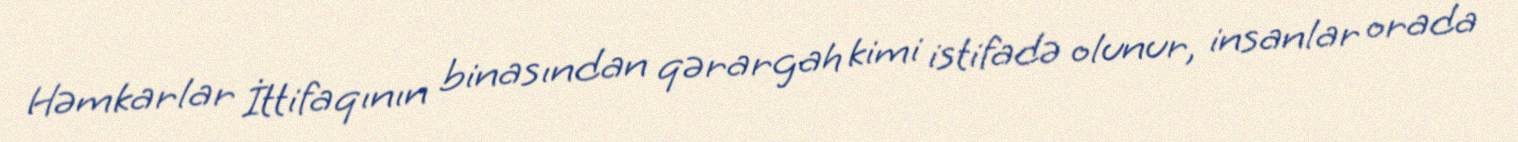
Həmkarlar İttifaqının binasından qərargah kimi istifadə olunur, insanlar orada